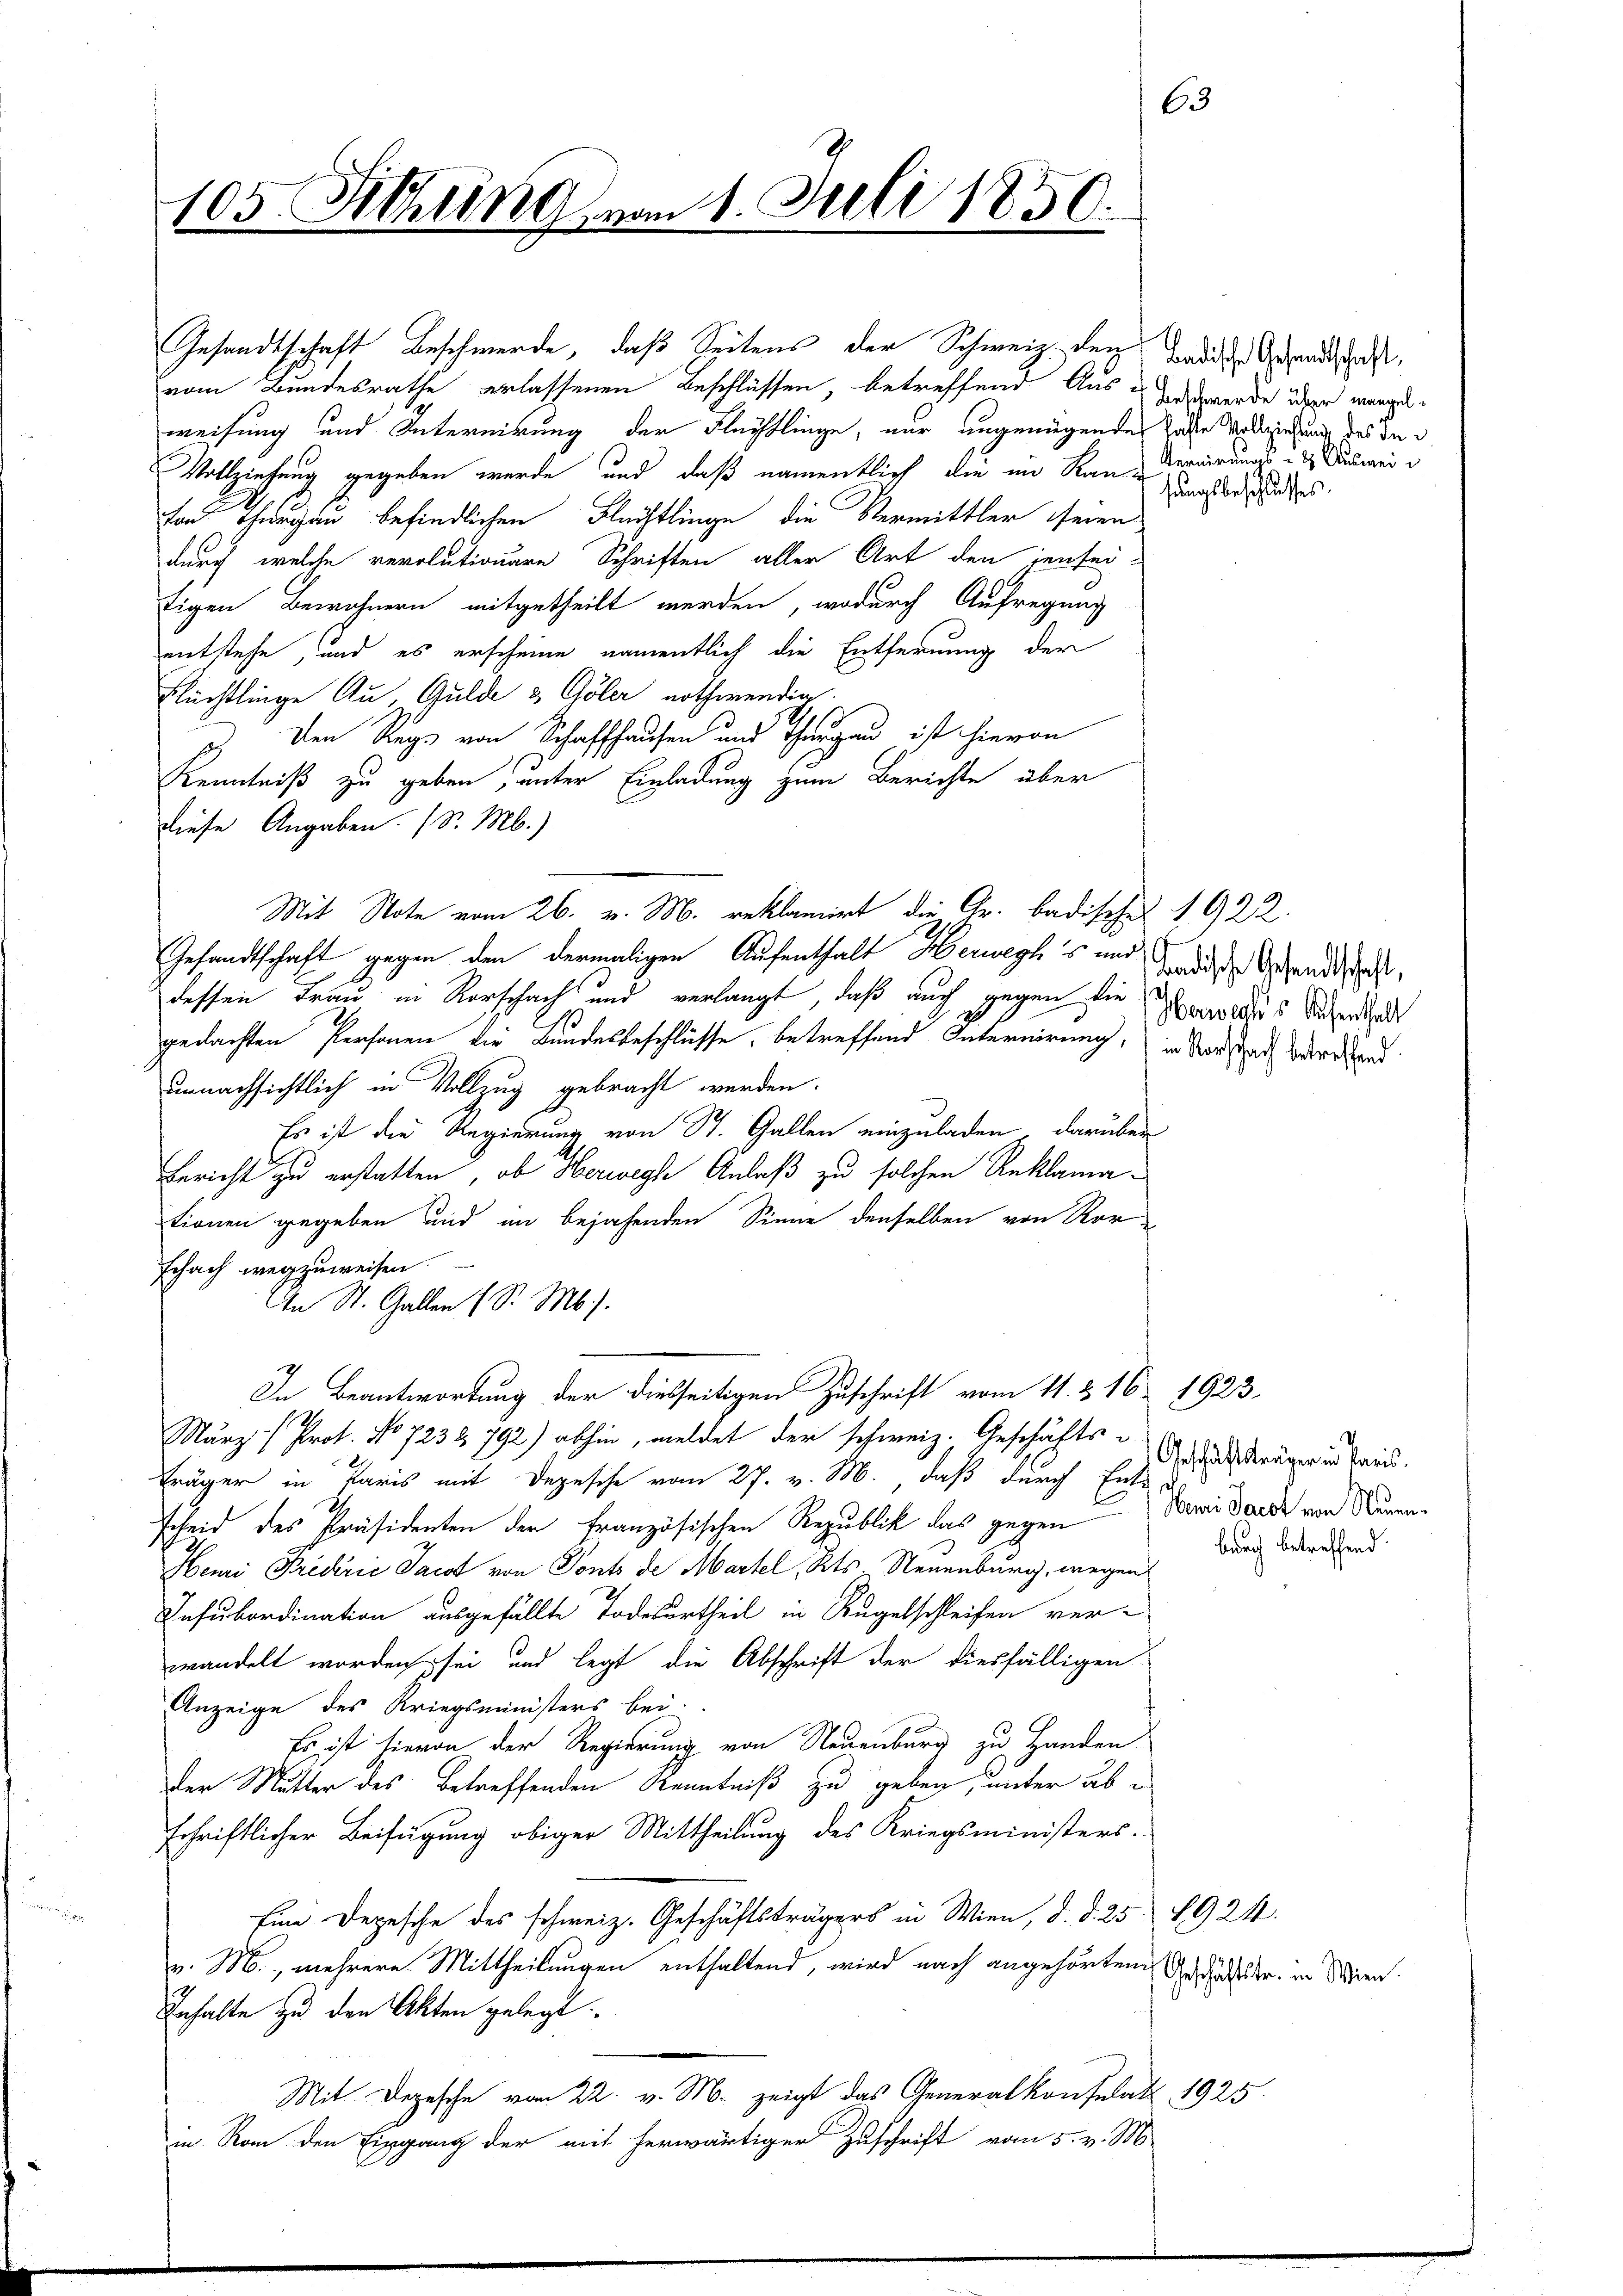
63
105. Schling vom 1. Juli 1850.

Gesandtschaft Beschwerde, daß Seitens der Schweiz den Bediese Gesandtschaft,
vom Bundesrathe erlassenen Beschlüssen, betreffend Aus derende über mangeweisung und Internirung der Flächtlinge, nur angenügendes Jahre Vollziehung des in

Vollziehung gegeben werde und daß namentlich die im Rau-Deruirung anwei
fon Thurgau befindlichen Flüchtlinge, die Vermittler seien
durch welche revolutionere Schriften aller Art den jensei-
tigen Bewohnern mitgetheilt werden, wodurch Aufregung
entstehe, und es erscheine namentlich die Entfernung der
Rlüchtlinge Au, Gulde & Göler nothwendig.
3.) Der Regs von Schaffhausen und Thurgau ist hievon
Kenntniß zu geben, unter Einladung zum Berichte über
diese Angaben. (S. M.)
Mit Note vom 26. v. M. reklamirt die Gr. Badischen 1922.
Gesandtschaft gegen den dermaligen Aufenthalt Herwechs und des Gesandtsch
dessen Frau in Vorschach und verlangt, daß auch gegen die Voraus Sicherigent
gedachten Personen die Bundesbeschlüsse, betreffend Internirung, in Standesrath erstand
unnachsichtlich in Vollzug gebracht werden.
Es ist die Regierung von St. Gallen einzuladen, darüber
Bericht zu erstatten, ob Herwegte Anlaß zu solchen Reklamationen gegeben und im bejahenden Sinne denselben von Rorschach wegzuweisen.
An St. Gallen (S. M.).
7
In Beantwortung der diesseitigen Zuschrift vom 11. & 16. 1923.
März/ Prof. No 723 & 792) abhin, meldet der schweiz. Geschäfts u
Träger in Paris mit Depesche vom 27. v. M., daß durch Ents
scheid des Präsidenten der französischen Republik das gegen
Heii Triderie Sacht von Ponts de Martel, Kts Neuenburg, wegen
Insubordination ausgefällte Todesurtheil in Rugelschleifen ver-
wandelt worden sei, und legt die Abschrift der diesfälligen
Anzeige des Kriegsministers bei.
Es ist hievon der Regierung von Neuenburg zu Handen
der Mutter des betreffenden Kenntniß zu geben, unter abschriftlicher Beifügung obiger Mittheilung des Kriegsministers.
Eine Depesche des schweiz. Geschäftsträgers in Wien, d. d. 25. 1924.
v. M., mehrere Mittheilungen enthaltend, wird nach angehörten Bedachtr. in Wien.
Inhalte zu den Akten gelegt.
Mit Depesche vom 22. v. M. zeigt das Generalkonsulat 18
in Rom den Eingang der mit herwärtiger Zuschrift vom 5. v. M.

sungsbeschlusses.

Geschäftsträger in Paris.
Nami Sackt von Neuen.
bwach betreffend.

925